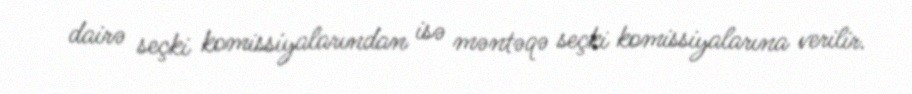
dairə seçki komissiyalarından isə məntəqə seçki komissiyalarına verilir.